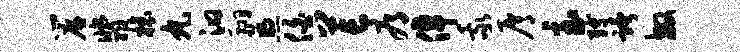
帘翡榱丸汩翮煦伯芒辱倬我屑急缚跨敏